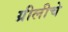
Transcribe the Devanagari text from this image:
ग्रीलीचे